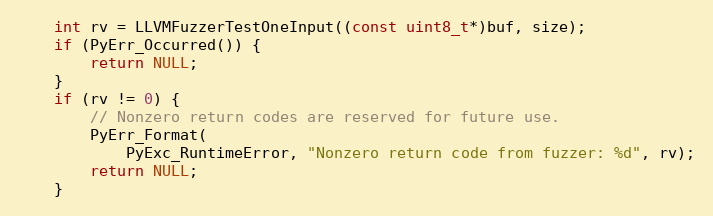
Language: C
    int rv = LLVMFuzzerTestOneInput((const uint8_t*)buf, size);
    if (PyErr_Occurred()) {
        return NULL;
    }
    if (rv != 0) {
        // Nonzero return codes are reserved for future use.
        PyErr_Format(
            PyExc_RuntimeError, "Nonzero return code from fuzzer: %d", rv);
        return NULL;
    }